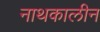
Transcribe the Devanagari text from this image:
नाथकालीन